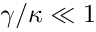
\gamma / \kappa \ll 1